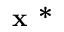
{ \textbf { x * } }